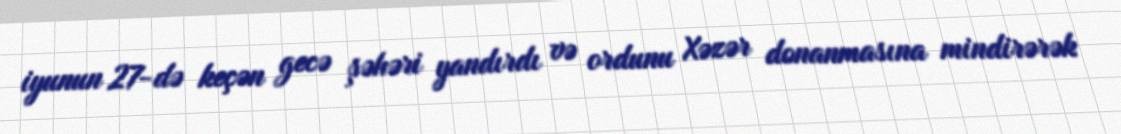
iyunun 27-də keçən gecə şəhəri yandırdı və ordunu Xəzər donanmasına mindirərək